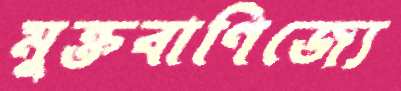
মুক্তবাণিজ্যে